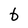
Character: b